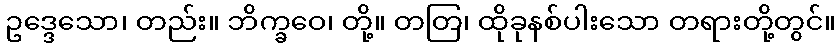
ဥဒ္ဒေသော၊ တည်း။ ဘိက္ခဝေ၊ တို့။ တတြ၊ ထိုခုနစ်ပါးသော တရားတို့တွင်။